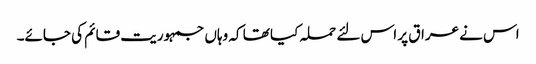
اس نے عراق پر اس لئے حملہ کیا تھا کہ وہاں جمہوریت قائم کی جائے۔